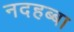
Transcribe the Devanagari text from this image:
नदहब्बा